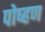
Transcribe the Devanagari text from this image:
पोष्हण